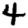
Digit: 4